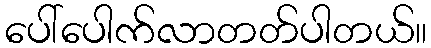
ပေါ်ပေါက်လာတတ်ပါတယ်။